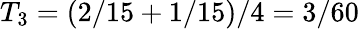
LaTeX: T_{3}=(2/15+1/15)/4=3/60